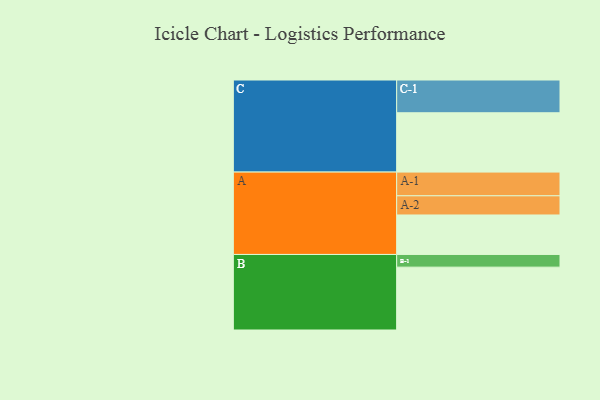
{"axis": {"x": "Segment", "y": "Value"}, "legend": ["", "A", "B", "C"], "data": [{"x": "A", "y": 358, "type": ""}, {"x": "B", "y": 570, "type": ""}, {"x": "C", "y": 538, "type": ""}, {"x": "A-1", "y": 215, "type": "A"}, {"x": "A-2", "y": 174, "type": "A"}, {"x": "B-1", "y": 115, "type": "B"}, {"x": "C-1", "y": 297, "type": "C"}]}